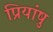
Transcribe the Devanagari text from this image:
प्रियांषु